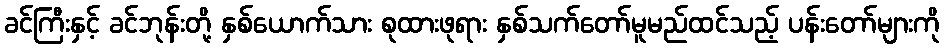
ခင်ကြီးနှင့် ခင်ဘုန်းတို့ နှစ်ယောက်သား စုထားဖုရား နှစ်သက်တော်မူမည်ထင်သည့် ပန်းတော်များကို